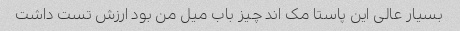
بسیار عالی این پاستا مک اند چیز باب میل من بود ارزش تست داشت